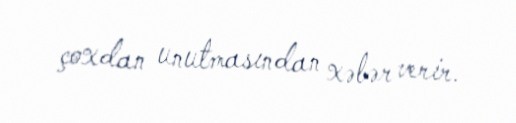
çoxdan unutmasından xəbər verir.